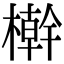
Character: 檊